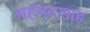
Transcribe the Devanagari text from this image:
महंमदशाह